Vaccination in the Punjab 1919-1929 - 1919-1929
Year: 1919
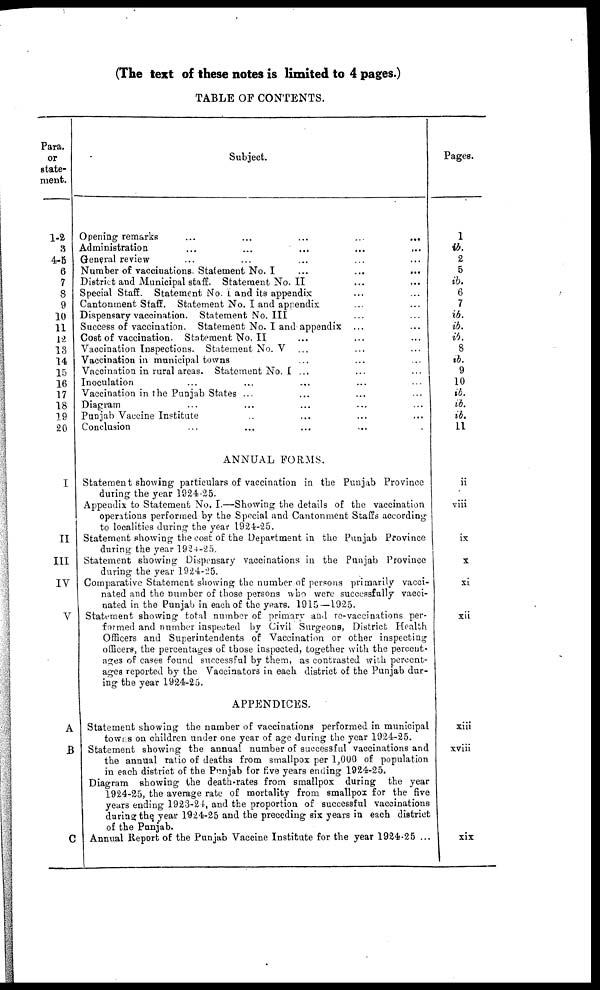
(The text of these notes is limited to 4 pages.)
TABLE OF CONTENTS.
Para.
or
state-
ment.
1-2
3
4-5
6
7
8
9
10
11
12
13
14
15
16
17
18
19
20
I
II
III
IV
V
A
B
C
Subject.
Opening remarks
...
...
...
...
...
Administration recent ... ... ... ... ... ...
General review ... ... ... ... ...
Number of vaccinations. Statement No. I ... ... ...
District and Municipal staff. StatementNo.II ... ...
Special Staff. Statement No. I and its appendix ... ...
Cantonment Staff. Statement No. I and appendix ... ...
Dispensary vaccination. Statement No. III ... ...
Success of vaccination. Statement No. I and appendix ... ...
Cost of vaccination. Statement No.II ... ... ...
Vaccination Inspections. Statement No. V ... ... ...
Vaccination in municipal towns
Vaccination in rural areas. Statement No. I ... ... ...
Inoculation
...
...
...
...
...
Vaccination in the Punjab States ... ... ... ...
Diagram ... ... ... ... ...
Punjab Vaccine Institute ... ... ... ...
Conclusion ... ... ... ... ...
ANNUAL FORMS.
Statement showing particulars of vaccination in the Punjab Province
during the year 1924-25.
Appendix to Statement No. I.—Showing the details of the vaccination
operations performed by the Special and Cantonment Staffs according
to localities during the year 1924-25.
Statement showing the cost of the Department in the Punjab Province
during the year 1924-25.
Statement showing Dispensary vaccinations in the Punjab Province
during the year 1924-25.
Comparative Statement showing the number of persons primarily vacci-
nated and the number of those persons who were successfully vacci-
nated in the Punjab in each of the years. 1915 —1925.
Statement showing total number of primary and re-vaccinations per-
formed and number inspected by Civil Surgeons, District Health
Officers and Superintendents of Vaccination or other inspecting
officers, the percentages of those inspected, together with the percent-
ages of cases found successful by them, as contrasted with percent-
ages reported by the Vaccinators in each district of the Punjab dur-
ing the year 1924-25.
APPENDICES.
Statement showing the number of vaccinations performed in municipal
towns on children under one year of age during the year 1924-25.
Statement showing the annual number of successful vaccinations and
the annual ratio of deaths from smallpox per 1,000 of population
in each district of the Punjab for five years ending 1924-25.
Diagram showing the death-rates from smallpox during the year
1924-25, the average rate of mortality from smallpox for the five
years ending 1923-24, and the proportion of successful vaccinations
during the year 1924-25 and the preceding six years in each district
of the Punjab.
Annual Report of the Punjab Vaccine Institute for the year 1924-25 ...
Pages.
1
ib.
2
5
ib.
6
7
ib.
ib.
ib.
8
ib.
9
10
ib.
ib.
ib.
11
ii
viii
ix
x
xi
xii
xiii
xviii
xix